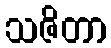
သဇိတာ